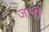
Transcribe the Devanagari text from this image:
जलो